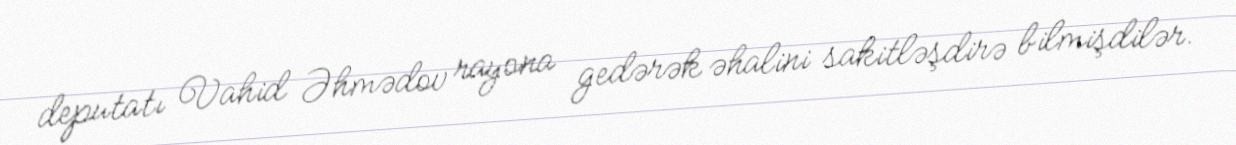
deputatı Vahid Əhmədov rayona gedərək əhalini sakitləşdirə bilmişdilər.